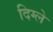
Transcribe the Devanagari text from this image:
दिग्ले